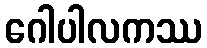
ဂေါပါလကဿ